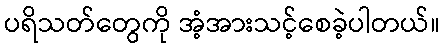
ပရိသတ်တွေကို အံ့အားသင့်စေခဲ့ပါတယ်။